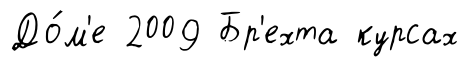
До́м'е 2009 Бр'ехта курсах